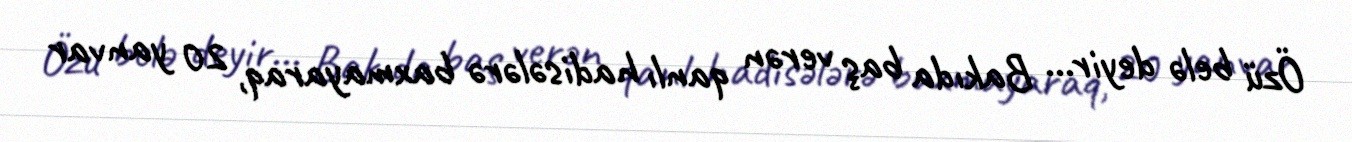
Özü belə deyir... Bakıda baş verən qanlı hadisələrə baxmayaraq, 20 yanvar